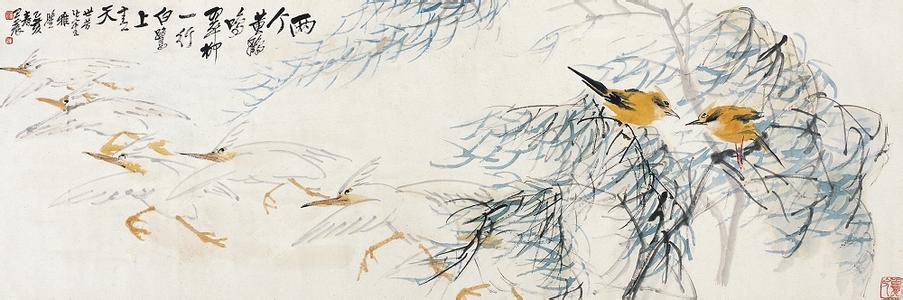
两个黄鹂鸣翠柳，一行白鹭上青天。